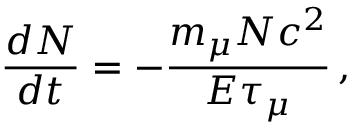
\frac { d N } { d t } = - \frac { m _ { \mu } N c ^ { 2 } } { E \tau _ { \mu } } \, ,